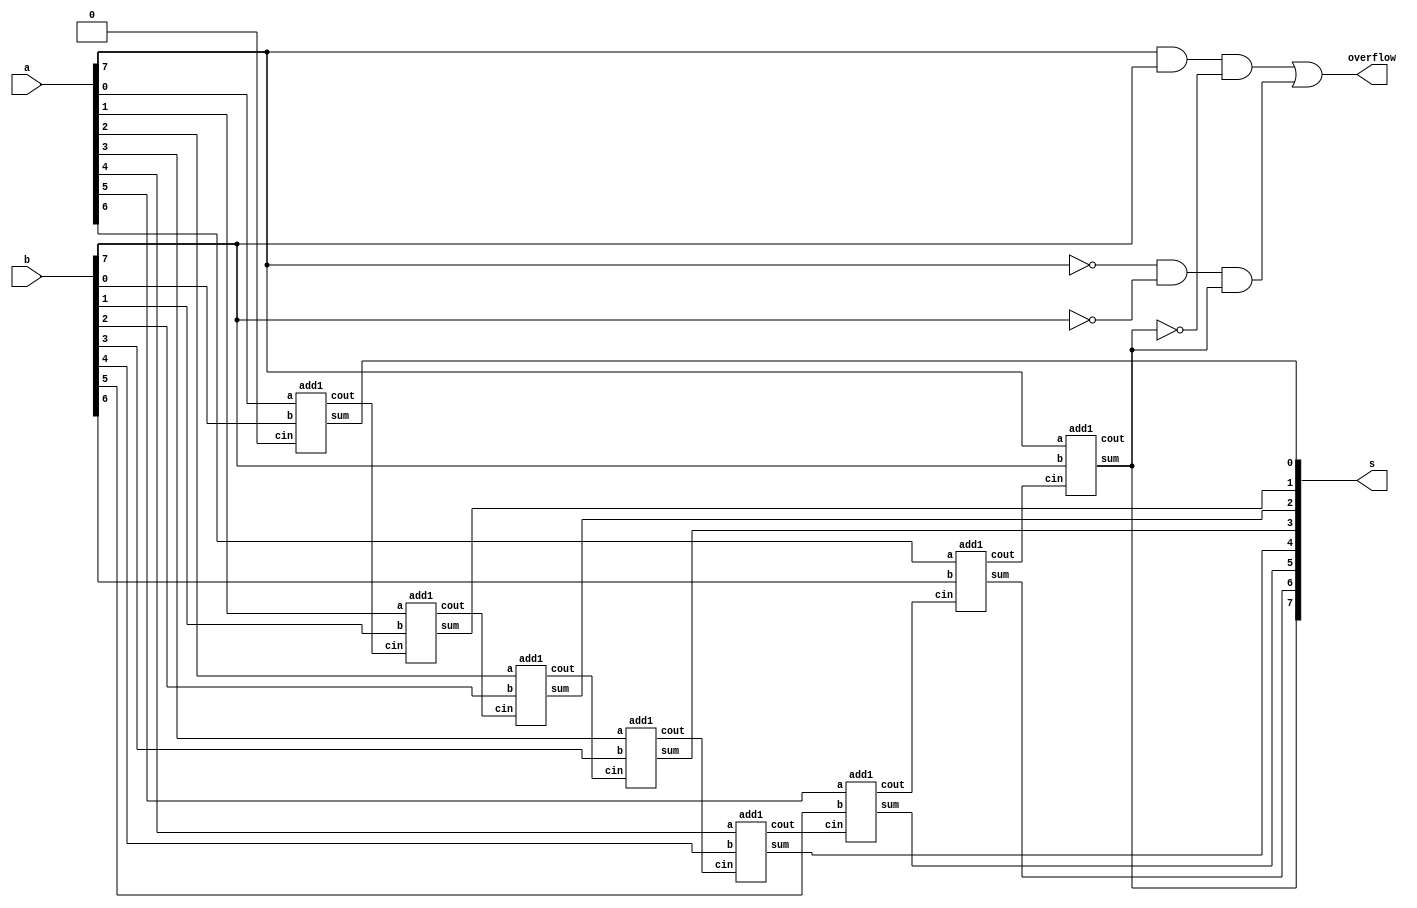
module top_module (
    input [7:0] a,
    input [7:0] b,
    output [7:0] s,
    output overflow
); //
 
    // assign s = ...
    // assign overflow = ...

    wire [7:0] carry;
    add1 inst[7:0](.a(a), .b(b), .cin({carry[6:0], 1'b0}), .sum(s), .cout(carry));
    assign overflow = (a[7] & b[7] & !s[7]) | (!a[7] & !b[7] & s[7]);
    
endmodule

module add1(input a, b, cin, output sum, cout);
    wire half_sum = a ^ b;
    wire half_cout = a & b;
    assign sum = half_sum ^ cin;
    assign cout = half_sum & cin | half_cout;
endmodule